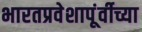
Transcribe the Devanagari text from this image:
भारतप्रवेशापूंर्वीच्या